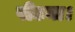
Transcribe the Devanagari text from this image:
पीटना।